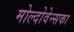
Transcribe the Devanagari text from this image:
मोल्दोवेन्सका